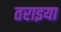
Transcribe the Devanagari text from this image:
तराइया